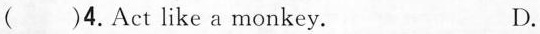
( )4.Act like a monkey. D.